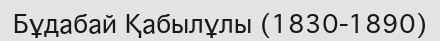
Бұдабай Қабылұлы (1830-1890)